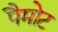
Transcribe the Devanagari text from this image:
पैमोट